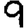
Digit: 9